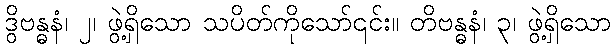
ဒွိဗန္ဓနံ၊ ၂၊ ဖွဲ့ရှိသော သပိတ်ကိုသော်၎င်း။ တိဗန္ဓနံ၊ ၃၊ ဖွဲ့ရှိသော